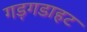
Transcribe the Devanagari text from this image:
गड़गडाहट